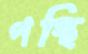
পন্থি